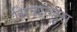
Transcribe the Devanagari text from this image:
सिब्बल्डुस